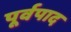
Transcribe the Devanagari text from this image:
पूर्वपाद